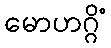
မောဟဂ္ဂိံ